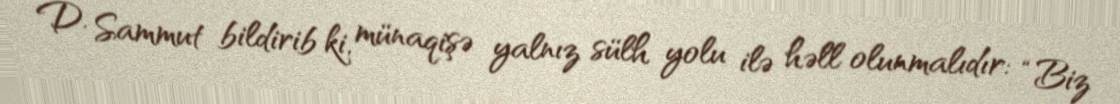
D. Sammut bildirib ki, münaqişə yalnız sülh yolu ilə həll olunmalıdır: “Biz